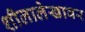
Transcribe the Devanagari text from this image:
शीलालेखावर